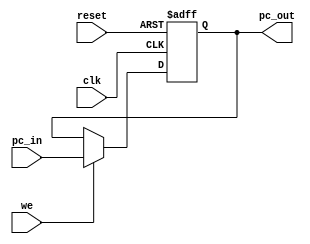
module PC (
    input wire clk,
    input wire reset,
    input wire we,

    input wire[31:0] pc_in,

    output reg[31:0] pc_out
);
    
    always @(posedge clk or negedge reset) begin
        if (!reset) begin
            pc_out <= 32'h00400000;
        end
        else if (we) begin
            pc_out <= pc_in;
        end
    end
endmodule